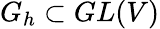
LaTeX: G_{h}\subset GL(V)